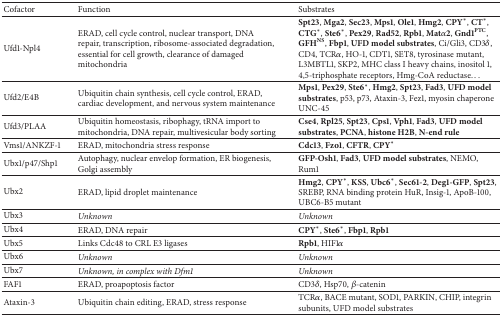
| Cofactor | Function | Substrates |
 | --- | --- | --- |
 | Ufd1-Npl4 | ERAD, cell cycle control, nuclear transport, DNA repair, transcription, ribosome-associated degradation, essential for cell growth, clearance of damaged mitochondria | Spt23, Mga2, Sec23, Mps1, Ole1, Hmg2, CPY*, CT*, CTG*, Ste6*, Pex29, Rad52, Rpb1, Matα2, Gnd1PTC, GFHNS, Fbp1, UFD model substrates, Ci/Gli3, CD3δ, CD4, TCRα, HO-1, CDT1, SET8, tyrosinase mutant, L3MBTL1, SKP2, MHC class I heavy chains, inositol 1, 4,5-triphosphate receptors, Hmg-CoA reductase... |
 | Ufd2/E4B | Ubiquitin chain synthesis, cell cycle control, ERAD, cardiac development, and nervous system maintenance | Mps1, Pex29, Ste6*, Hmg2, Spt23, Fad3, UFD model substrates, p53, p73, Ataxin-3, Fez1, myosin chaperone UNC-45 |
 | Ufd3/PLAA | Ubiquitin homeostasis, ribophagy, tRNA import to mitochondria, DNA repair, multivesicular body sorting | Cse4, Rpl25, Spt23, Cps1, Vph1, Fad3, UFD model substrates, PCNA, histone H2B, N-end rule |
 | Vms1/ANKZF-1 | ERAD, mitochondria stress response | Cdc13, Fzo1, CFTR, CPY* |
 | Ubx1/p47/Shp1 | Autophagy, nuclear envelop formation, ER biogenesis, Golgi assembly | GFP-Osh1, Fad3, UFD model substrates, NEMO, Rum1 |
 | Ubx2 | ERAD, lipid droplet maintenance | Hmg2, CPY*, KSS, Ubc6*, Sec61-2, Deg1-GFP, Spt23, SREBP, RNA binding protein HuR, Insig-1, ApoB-100, UBC6-B5 mutant |
 | Ubx3 | Unknown | Unknown |
 | Ubx4 | ERAD, DNA repair | CPY*, Ste6*, Fbp1, Rpb1 |
 | Ubx5 | Links Cdc48 to CRL E3 ligases | Rpb1, HIF1α |
 | Ubx6 | Unknown | Unknown |
 | Ubx7 | Unknown, in complex with Dfm1 | Unknown |
 | FAF1 | ERAD, proapoptosis factor | CD3δ, Hsp70, β-catenin |
 | Ataxin-3 | Ubiquitin chain editing, ERAD, stress response | TCRα, BACE mutant, SOD1, PARKIN, CHIP, integrin subunits, UFD model substrates |